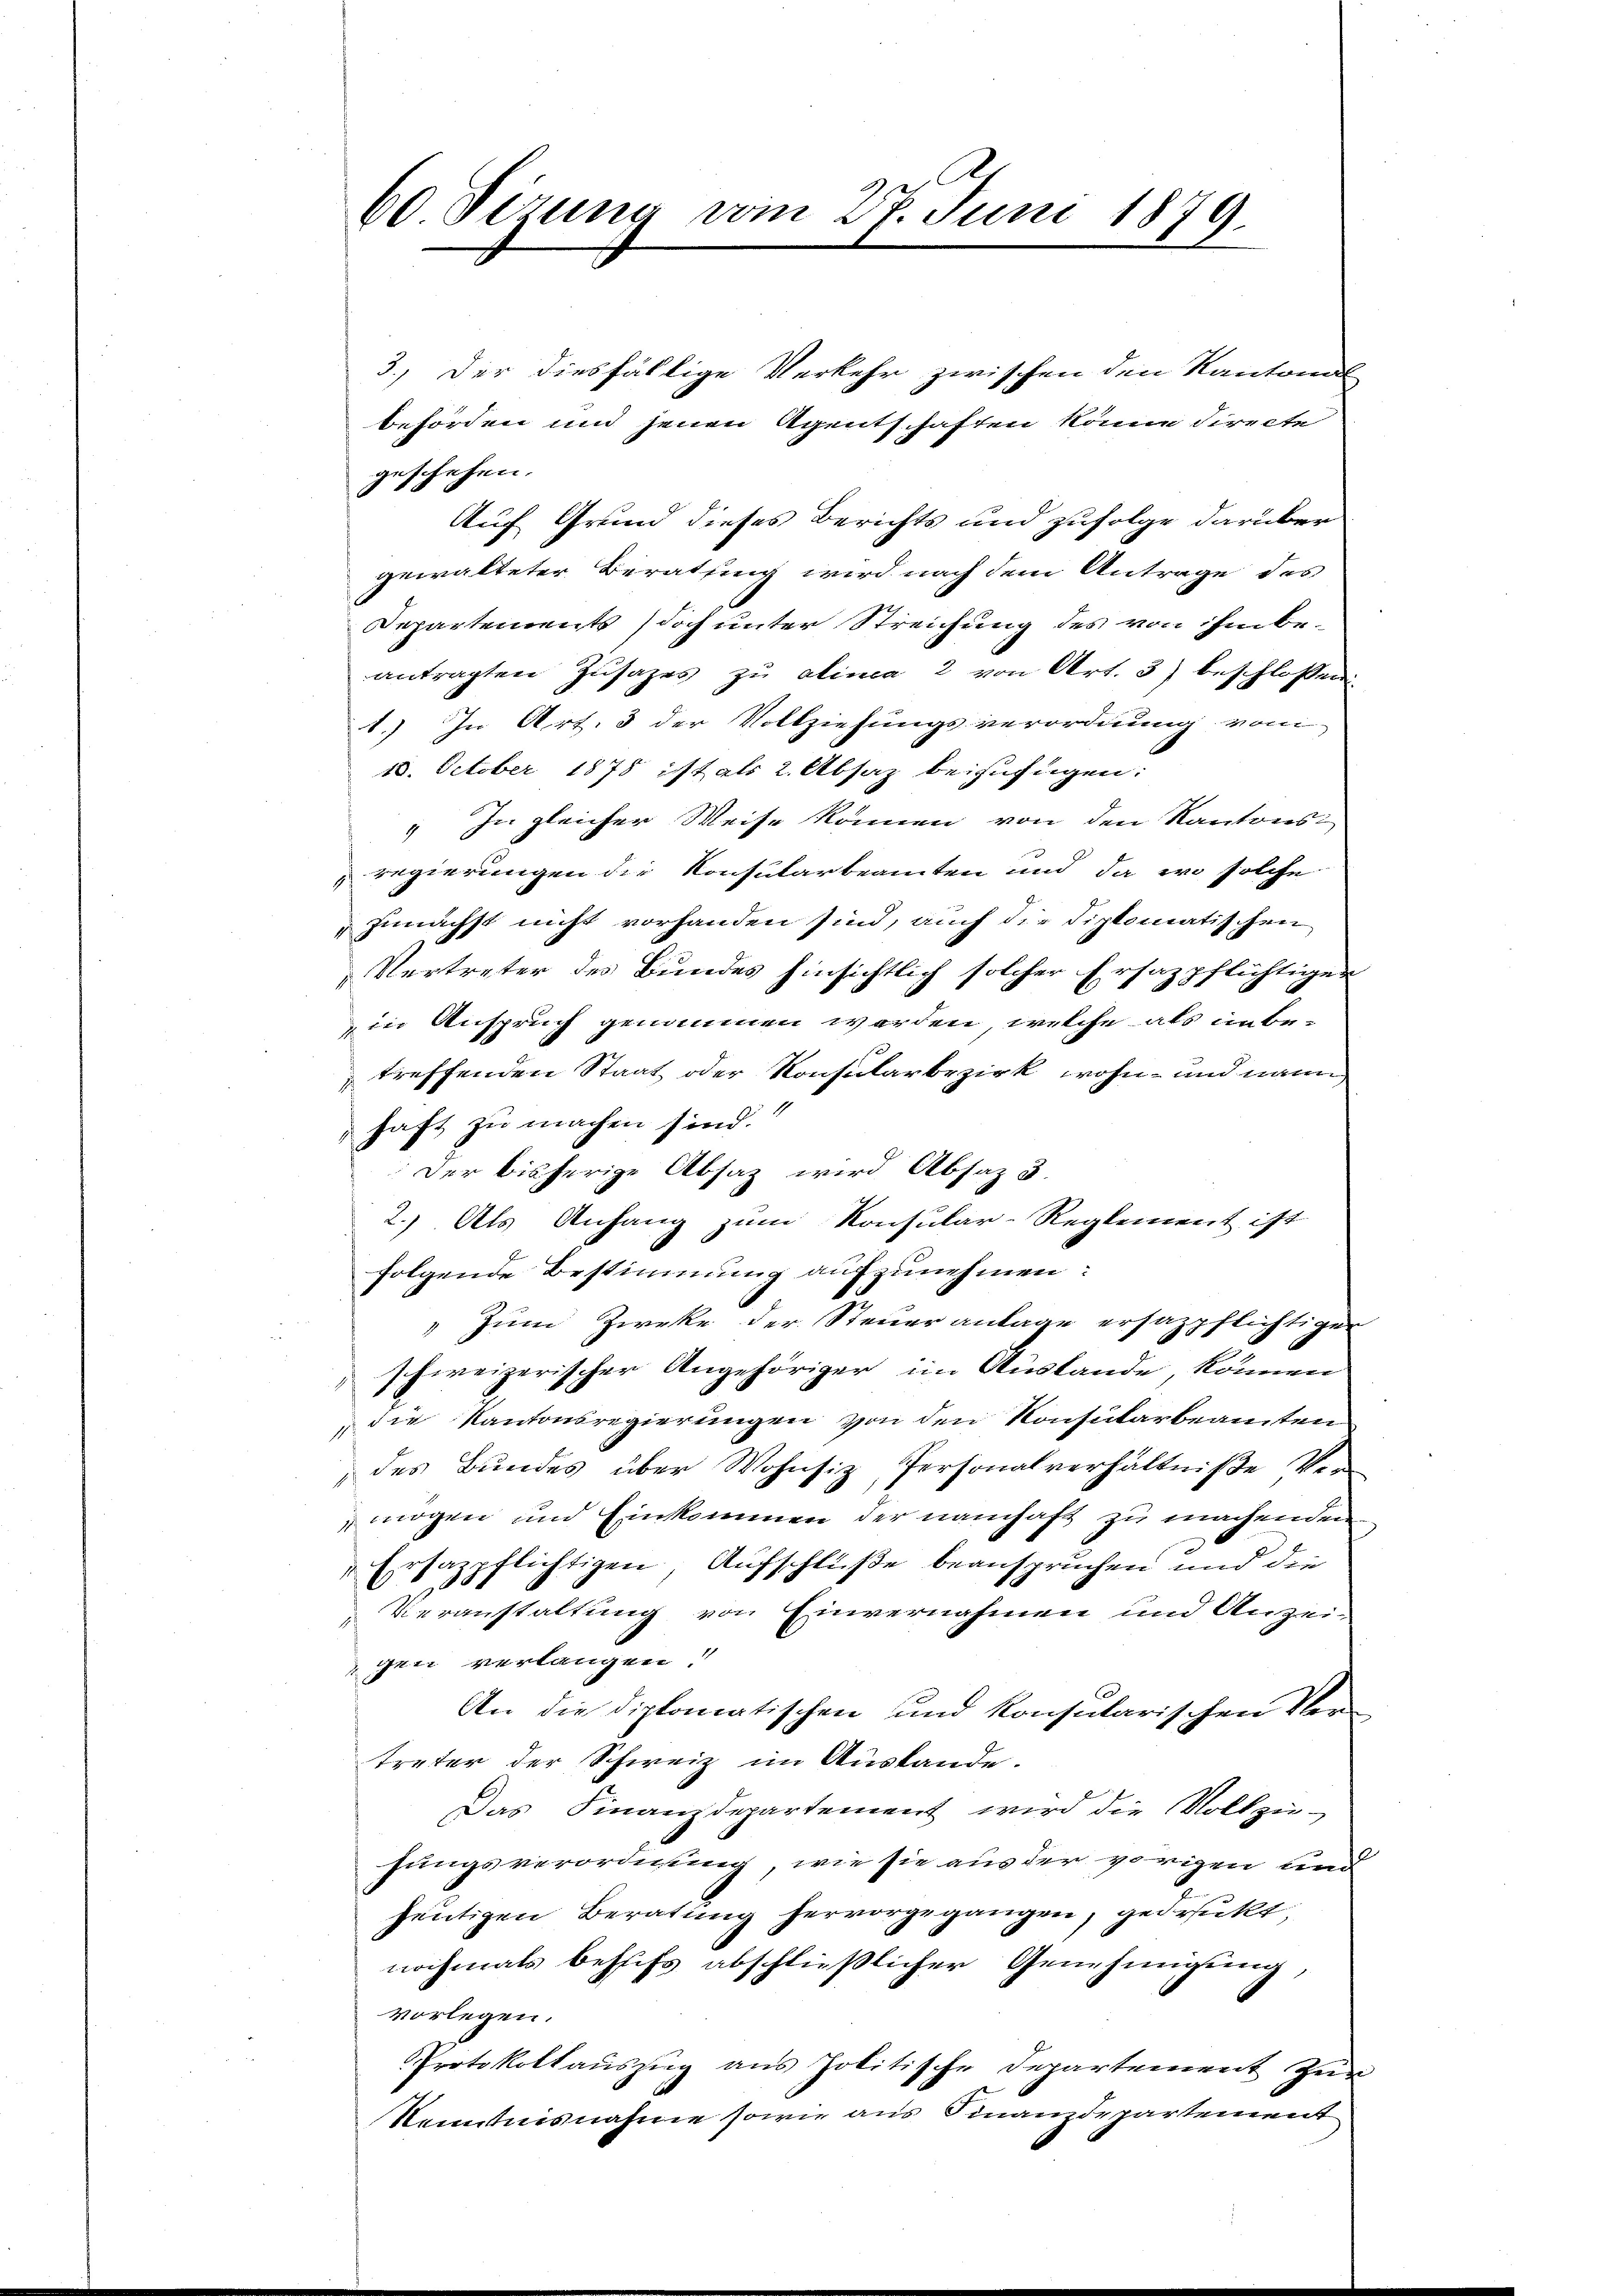
3.) Der diesfällige Verkehr zwischen den Kantonal-
behörden und jenen Agentschaften könne directe
geschehen.
Auf Grund dieses Berichts und zufolge darüber
gewalteter Berathung wird nach dem Antrage des
Departements doch unter Streichung des von ihm beantragten Zusatzes zu alinea 2 von Art. 3) beschlossen
1.) In Art. 3 der Vollziehungsverordnung von
18. October 1878 ist als 2. Absaz beizufügen:
" In gleicher Weise können von den Kantons
regierungen die Konsularbeamten und da wo solche
Zunächst nicht vorhanden sind, auch die diplomatischen
Vertreter des Bundes hinsichtlich solcher Ersazpflichtiger
in Anspruch genommen werden, welche als unbe-
treffenden Staat oder Konsularbezirk, wohn- und wann,
haft zu machen sind.“
Der bisherige Absatz wird Absatz 3
2.) Als Anhang zum Konsular-Reglement ist
folgende Bestimmung aufzunehmen:
Zum Zwecke der Steueranlage ersazpflichtiger
.
schweizerischer Angehöriger im Auslande, können
ch
die Kantonsregierungen von den Konsularbeamten
des Bundes über Wohnsiz, Personalverhältniße Ve
mögen und Einkommen der namhaft zu machenden
Ersazpflichtigen Aufschlüße beanspruchen und die
Veranstaltung von Einvernahmen und Anzei-
gen verlangen.
An die diplomatischen und konsularischen Vertreter der Schweiz im Auslande.
Das Finanzdepartement wird die Vollzie-
hungsverordnung, wie sie aus der vorigen und
heutigen Beratung hervorgegangen, gedruckt,
nochmals behufs abschließlicher Genehmigung,
vorlegen.
PProtokollaŭszŭg ans politische Departement zur
Kenntnisnahme sowie aus Finanzdepartement

60 Firung vom 27. Juni 1879.
x